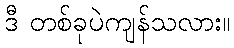
ဒီ တစ်ခုပဲကျန်သလား။